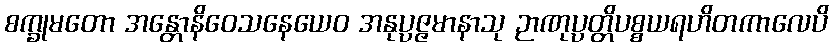
စက္ခုမတော အန္တောနိဝေသနေယေဝ အနုပ္ပဇ္ဇမာနာသု ဉာဏုပ္ပတ္တိပစ္စယရဟိတကာလေပိ